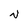
Character: V